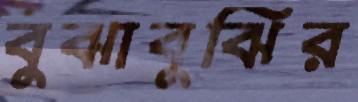
বুঝাবুঝির